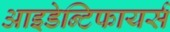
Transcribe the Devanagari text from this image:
आइडेन्टिफायर्स